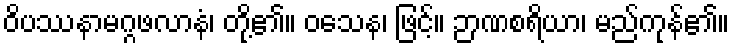
ဝိပဿနာမဂ္ဂဖလာနံ၊ တို့၏။ ဝသေန၊ ဖြင့်။ ဉာဏစရိယာ၊ မည်ကုန်၏။